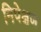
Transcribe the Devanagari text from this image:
निपेक्षण